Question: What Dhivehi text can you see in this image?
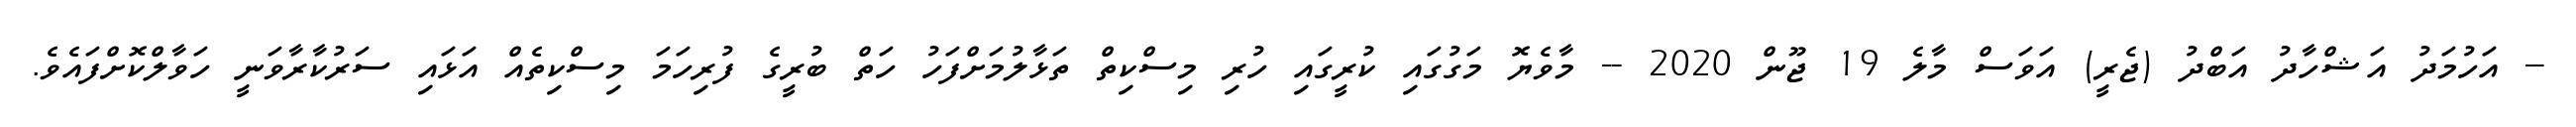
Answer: -- އަހުމަދު އަޝްހާދު އަބްދު (ޖެރީ) އަވަސް މާލެ 19 ޖޫން 2020 -- މާވެޔޮ މަގުގައި ކުރީގައި ހުރި މިސްކިތް ތަޅާލުމަށްފަހު ހަތް ބުރީގެ ފުރިހަމަ މިސްކިތެއް އަޅައި ސަރުކާރާވަނީ ހަވާލްކޮށްފައެވެ.